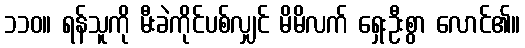
၁၁၀။ ရန်သူကို မီးခဲကိုင်ပစ်လျှင် မိမိလက် ရှေးဦးစွာ လောင်၏။